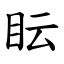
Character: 眃